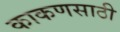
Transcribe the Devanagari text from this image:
काकणसाठी